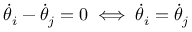
\Dot { \theta } _ { i } - \Dot { \theta } _ { j } = 0 \iff \Dot { \theta } _ { i } = \Dot { \theta } _ { j }